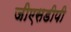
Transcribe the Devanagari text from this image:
जीएसडीपी